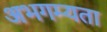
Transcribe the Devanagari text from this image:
अभगम्यता